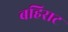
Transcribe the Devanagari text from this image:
बहिराट